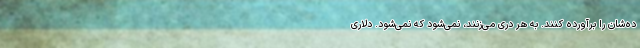
ده‌شان را برآورده کنند. به هر دری می‌زنند، نمی‌شود که نمی‌شود. دلاری